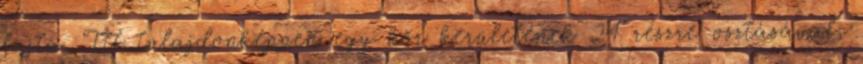
fajta. Itt tulajdonképpen egy kör kerületének 24 részre osztásával,